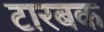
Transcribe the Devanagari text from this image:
टारबक